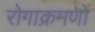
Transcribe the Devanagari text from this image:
रोगाक्रमणों